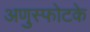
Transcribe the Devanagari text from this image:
अणुस्फोटके